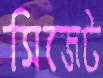
সিজেট